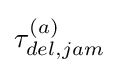
\tau _{del,jam}^{(a)}